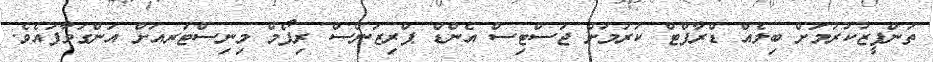
ތަންފީޒުކުރުމަށް ބިލެއް ޑްރާފްޓް ކުރުމަށް ޖަސްޓިސް އެންޑް ޕްރިޒަންސް ރިފޯމް މިނިސްޓަރއަށް އަންގަވާފައެވެ.